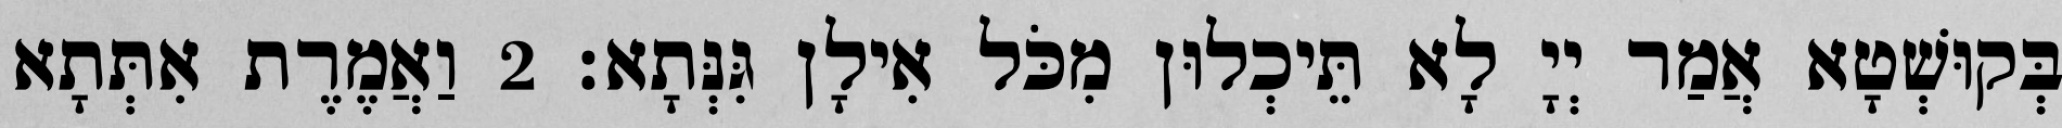
בְּקוּשְׁטָא אֲמַר יְיָ לָא תֵּיכְלוּן מִכֹּל אִילָן גִּנְּתָא׃ 2 וַאֲמֶרֶת אִתְּתָא